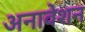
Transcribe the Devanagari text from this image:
अनावेशन